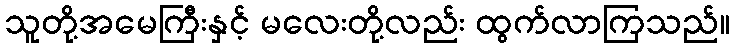
သူတို့အမေကြီးနှင့် မလေးတို့လည်း ထွက်လာကြသည်။